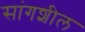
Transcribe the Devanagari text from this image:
सांगशील